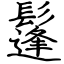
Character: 鬔